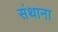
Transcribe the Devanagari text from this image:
संथाना